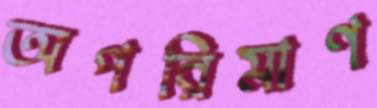
অপরিমাণ